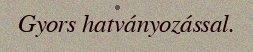
Gyors hatványozással.